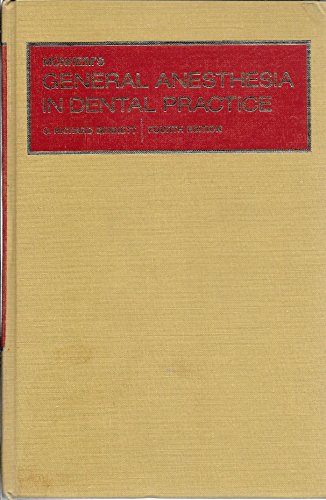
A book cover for General Anaesthesia in Dental Practice; L.M. Monheim; Medical Books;